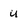
Character: u